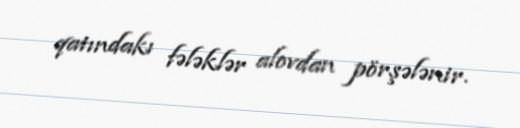
qatındakı fələklər alovdan pörşələnir.